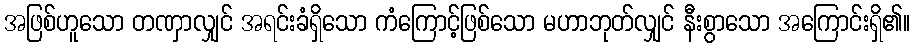
အဖြစ်ဟူသော တဏှာလျှင် အရင်းခံရှိသော ကံကြောင့်ဖြစ်သော မဟာဘုတ်လျှင် နီးစွာသော အကြောင်းရှိ၏။